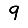
Digit: 9